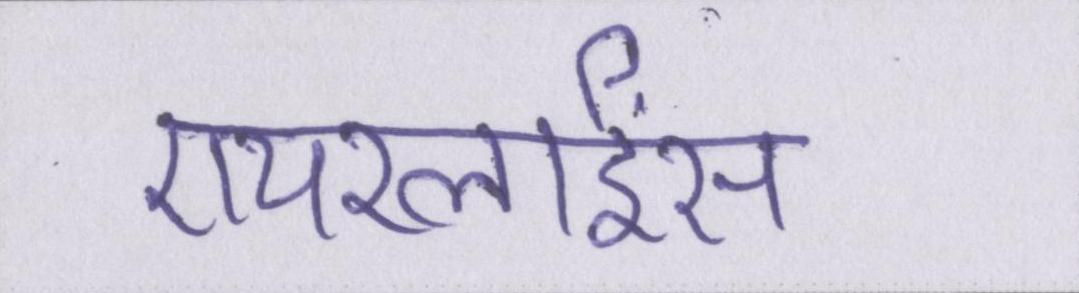
एयरलाईंस